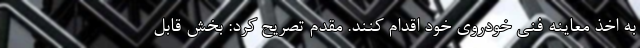
به اخذ معاینه فنی خودروی خود اقدام کنند. مقدم تصریح کرد: بخش قابل